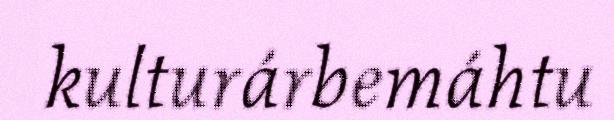
kulturárbemáhtu